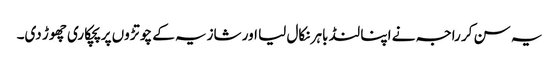
یہ سن کر راجہ نے اپنا لنڈ باہر نکال لیا اور شازیہ کے چوتڑوں پر پچکاری چھوڑ دی۔